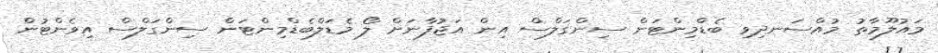
މައުލޫމާތު މުއްސަނދިވި ބެޑްމިންޓަން ސިންގަލްސް އިން އަޖުފާނަށް ލޯ މެޑަލްބެޑްމިންޓަން ސިންގަލްސް އިވެންޓުން